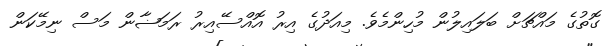
ގޮތުގެ މައްޗަށް ބަލައިލުން މުހިންމެވެ. މިއަދުގެ އިރު އޮއްސޭއިރު ރަމަޟާން މަސް ނިމޭކަން